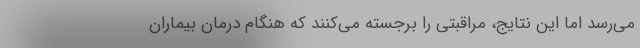
می‌رسد اما این نتایج، مراقبتی را برجسته می‌کنند که هنگام درمان بیماران